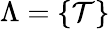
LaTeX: \Lambda=\{ \mathcal{T}\}